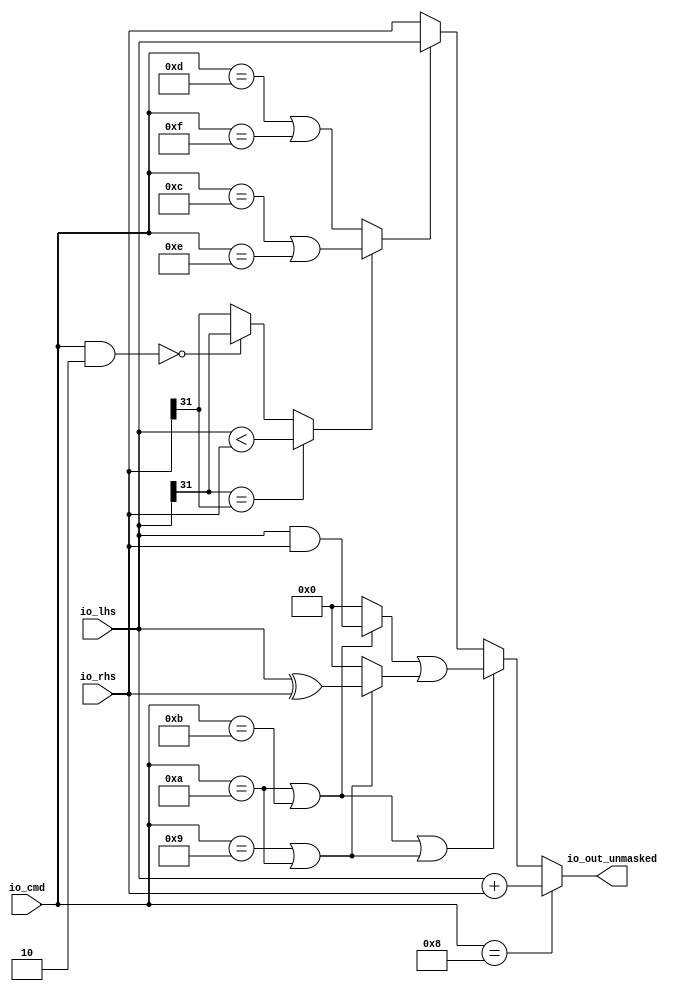
module AMOALU( // @[:freechips.rocketchip.system.TinyConfig.fir@105905.2]
  input  [4:0]  io_cmd, // @[:freechips.rocketchip.system.TinyConfig.fir@105908.4]
  input  [31:0] io_lhs, // @[:freechips.rocketchip.system.TinyConfig.fir@105908.4]
  input  [31:0] io_rhs, // @[:freechips.rocketchip.system.TinyConfig.fir@105908.4]
  output [31:0] io_out_unmasked // @[:freechips.rocketchip.system.TinyConfig.fir@105908.4]
);
  wire  _T; // @[AMOALU.scala 64:20:freechips.rocketchip.system.TinyConfig.fir@105913.4]
  wire  _T_1; // @[AMOALU.scala 64:43:freechips.rocketchip.system.TinyConfig.fir@105914.4]
  wire  max; // @[AMOALU.scala 64:33:freechips.rocketchip.system.TinyConfig.fir@105915.4]
  wire  _T_2; // @[AMOALU.scala 65:20:freechips.rocketchip.system.TinyConfig.fir@105916.4]
  wire  _T_3; // @[AMOALU.scala 65:43:freechips.rocketchip.system.TinyConfig.fir@105917.4]
  wire  min; // @[AMOALU.scala 65:33:freechips.rocketchip.system.TinyConfig.fir@105918.4]
  wire  add; // @[AMOALU.scala 66:20:freechips.rocketchip.system.TinyConfig.fir@105919.4]
  wire  _T_4; // @[AMOALU.scala 67:26:freechips.rocketchip.system.TinyConfig.fir@105920.4]
  wire  _T_5; // @[AMOALU.scala 67:48:freechips.rocketchip.system.TinyConfig.fir@105921.4]
  wire  logic_and; // @[AMOALU.scala 67:38:freechips.rocketchip.system.TinyConfig.fir@105922.4]
  wire  _T_6; // @[AMOALU.scala 68:26:freechips.rocketchip.system.TinyConfig.fir@105923.4]
  wire  logic_xor; // @[AMOALU.scala 68:39:freechips.rocketchip.system.TinyConfig.fir@105925.4]
  wire [31:0] adder_out; // @[AMOALU.scala 73:21:freechips.rocketchip.system.TinyConfig.fir@105930.4]
  wire [4:0] _T_14; // @[AMOALU.scala 86:17:freechips.rocketchip.system.TinyConfig.fir@105933.4]
  wire  _T_16; // @[AMOALU.scala 86:25:freechips.rocketchip.system.TinyConfig.fir@105935.4]
  wire  _T_17; // @[AMOALU.scala 88:12:freechips.rocketchip.system.TinyConfig.fir@105936.4]
  wire  _T_18; // @[AMOALU.scala 88:23:freechips.rocketchip.system.TinyConfig.fir@105937.4]
  wire  _T_19; // @[AMOALU.scala 88:18:freechips.rocketchip.system.TinyConfig.fir@105938.4]
  wire  _T_22; // @[AMOALU.scala 79:35:freechips.rocketchip.system.TinyConfig.fir@105941.4]
  wire  _T_25; // @[AMOALU.scala 88:58:freechips.rocketchip.system.TinyConfig.fir@105944.4]
  wire  less; // @[AMOALU.scala 88:10:freechips.rocketchip.system.TinyConfig.fir@105945.4]
  wire  _T_26; // @[AMOALU.scala 94:23:freechips.rocketchip.system.TinyConfig.fir@105946.4]
  wire [31:0] minmax; // @[AMOALU.scala 94:19:freechips.rocketchip.system.TinyConfig.fir@105947.4]
  wire [31:0] _T_27; // @[AMOALU.scala 96:27:freechips.rocketchip.system.TinyConfig.fir@105948.4]
  wire [31:0] _T_28; // @[AMOALU.scala 96:8:freechips.rocketchip.system.TinyConfig.fir@105949.4]
  wire [31:0] _T_29; // @[AMOALU.scala 97:27:freechips.rocketchip.system.TinyConfig.fir@105950.4]
  wire [31:0] _T_30; // @[AMOALU.scala 97:8:freechips.rocketchip.system.TinyConfig.fir@105951.4]
  wire [31:0] logic_; // @[AMOALU.scala 96:42:freechips.rocketchip.system.TinyConfig.fir@105952.4]
  wire  _T_31; // @[AMOALU.scala 100:19:freechips.rocketchip.system.TinyConfig.fir@105953.4]
  wire [31:0] _T_32; // @[AMOALU.scala 100:8:freechips.rocketchip.system.TinyConfig.fir@105954.4]
  assign _T = io_cmd == 5'hd; // @[AMOALU.scala 64:20:freechips.rocketchip.system.TinyConfig.fir@105913.4]
  assign _T_1 = io_cmd == 5'hf; // @[AMOALU.scala 64:43:freechips.rocketchip.system.TinyConfig.fir@105914.4]
  assign max = _T | _T_1; // @[AMOALU.scala 64:33:freechips.rocketchip.system.TinyConfig.fir@105915.4]
  assign _T_2 = io_cmd == 5'hc; // @[AMOALU.scala 65:20:freechips.rocketchip.system.TinyConfig.fir@105916.4]
  assign _T_3 = io_cmd == 5'he; // @[AMOALU.scala 65:43:freechips.rocketchip.system.TinyConfig.fir@105917.4]
  assign min = _T_2 | _T_3; // @[AMOALU.scala 65:33:freechips.rocketchip.system.TinyConfig.fir@105918.4]
  assign add = io_cmd == 5'h8; // @[AMOALU.scala 66:20:freechips.rocketchip.system.TinyConfig.fir@105919.4]
  assign _T_4 = io_cmd == 5'ha; // @[AMOALU.scala 67:26:freechips.rocketchip.system.TinyConfig.fir@105920.4]
  assign _T_5 = io_cmd == 5'hb; // @[AMOALU.scala 67:48:freechips.rocketchip.system.TinyConfig.fir@105921.4]
  assign logic_and = _T_4 | _T_5; // @[AMOALU.scala 67:38:freechips.rocketchip.system.TinyConfig.fir@105922.4]
  assign _T_6 = io_cmd == 5'h9; // @[AMOALU.scala 68:26:freechips.rocketchip.system.TinyConfig.fir@105923.4]
  assign logic_xor = _T_6 | _T_4; // @[AMOALU.scala 68:39:freechips.rocketchip.system.TinyConfig.fir@105925.4]
  assign adder_out = io_lhs + io_rhs; // @[AMOALU.scala 73:21:freechips.rocketchip.system.TinyConfig.fir@105930.4]
  assign _T_14 = io_cmd & 5'h2; // @[AMOALU.scala 86:17:freechips.rocketchip.system.TinyConfig.fir@105933.4]
  assign _T_16 = _T_14 == 5'h0; // @[AMOALU.scala 86:25:freechips.rocketchip.system.TinyConfig.fir@105935.4]
  assign _T_17 = io_lhs[31]; // @[AMOALU.scala 88:12:freechips.rocketchip.system.TinyConfig.fir@105936.4]
  assign _T_18 = io_rhs[31]; // @[AMOALU.scala 88:23:freechips.rocketchip.system.TinyConfig.fir@105937.4]
  assign _T_19 = _T_17 == _T_18; // @[AMOALU.scala 88:18:freechips.rocketchip.system.TinyConfig.fir@105938.4]
  assign _T_22 = io_lhs < io_rhs; // @[AMOALU.scala 79:35:freechips.rocketchip.system.TinyConfig.fir@105941.4]
  assign _T_25 = _T_16 ? _T_17 : _T_18; // @[AMOALU.scala 88:58:freechips.rocketchip.system.TinyConfig.fir@105944.4]
  assign less = _T_19 ? _T_22 : _T_25; // @[AMOALU.scala 88:10:freechips.rocketchip.system.TinyConfig.fir@105945.4]
  assign _T_26 = less ? min : max; // @[AMOALU.scala 94:23:freechips.rocketchip.system.TinyConfig.fir@105946.4]
  assign minmax = _T_26 ? io_lhs : io_rhs; // @[AMOALU.scala 94:19:freechips.rocketchip.system.TinyConfig.fir@105947.4]
  assign _T_27 = io_lhs & io_rhs; // @[AMOALU.scala 96:27:freechips.rocketchip.system.TinyConfig.fir@105948.4]
  assign _T_28 = logic_and ? _T_27 : 32'h0; // @[AMOALU.scala 96:8:freechips.rocketchip.system.TinyConfig.fir@105949.4]
  assign _T_29 = io_lhs ^ io_rhs; // @[AMOALU.scala 97:27:freechips.rocketchip.system.TinyConfig.fir@105950.4]
  assign _T_30 = logic_xor ? _T_29 : 32'h0; // @[AMOALU.scala 97:8:freechips.rocketchip.system.TinyConfig.fir@105951.4]
  assign logic_ = _T_28 | _T_30; // @[AMOALU.scala 96:42:freechips.rocketchip.system.TinyConfig.fir@105952.4]
  assign _T_31 = logic_and | logic_xor; // @[AMOALU.scala 100:19:freechips.rocketchip.system.TinyConfig.fir@105953.4]
  assign _T_32 = _T_31 ? logic_ : minmax; // @[AMOALU.scala 100:8:freechips.rocketchip.system.TinyConfig.fir@105954.4]
  assign io_out_unmasked = add ? adder_out : _T_32; // @[AMOALU.scala 105:19:freechips.rocketchip.system.TinyConfig.fir@105976.4]
endmodule